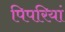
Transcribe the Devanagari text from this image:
पिपरियां